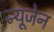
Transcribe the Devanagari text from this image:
न्यूजेन